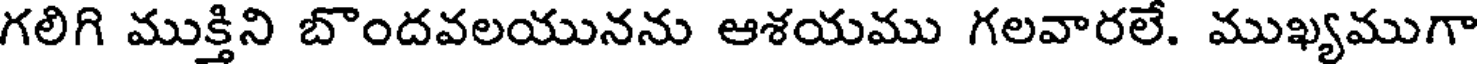
గలిగి ముక్తిని బొందవలయునను ఆశయము గలవారలే. ముఖ్యముగా